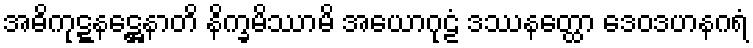
အဓိကုဋ္ဋနဋ္ဌေနာတိ နိက္ခမိဿာမိ အယောဂုဠံ ဒဿနတ္ထော ဒေဝဒဟနဂရံ